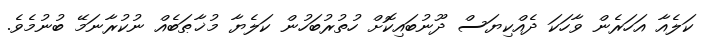
ކަލެއާ އަހަރެން ވާހަކަ ދެއްކިޔަސް ދޫނުބައިކޮށް ހުތުރުބަހުން ކަލެޔާ މުޚާޠަބެއް ނުކުރާނަމޭ ބުނުމެވެ.